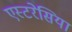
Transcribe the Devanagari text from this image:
एस्टरेसिया